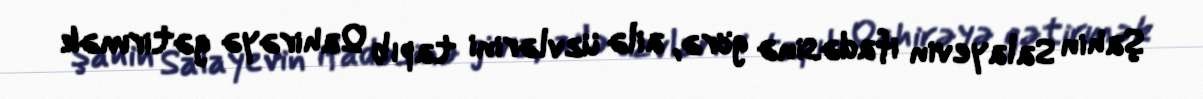
Şahin Salayevin ifadəsinə görə, ailə üzvlərini tapıb Qahirəyə gətirmək